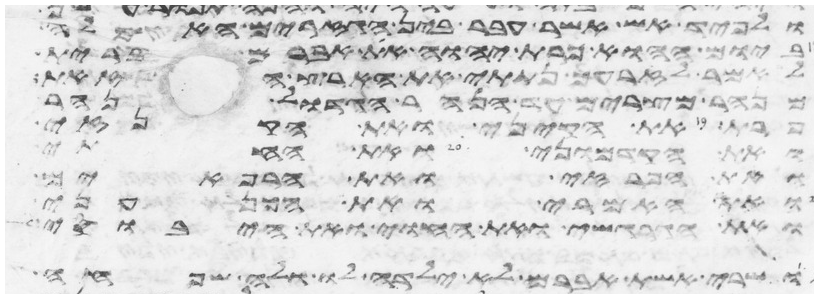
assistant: ולפיד אש אשר עבר בין הגזרים האלה
ביום ההוא כרת יהוה את אברם ברית
לאמר לזרעך נתתי את הארץ הזאת
מנהר מצרים עד הנהר הגדול נהר
פרת את הקיני ואת הקנזי
ואת הקדמוני ואת החתי
ואת הפרזי ואת הרפאים
ואת האמרי ואת הכנעני
ואת הגרגשי ואת החוי ואת היבוסי
ושרי אשת אברם לא ילדה לו ולה שפחה